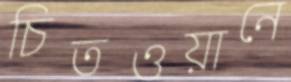
চিতওয়ানে